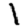
Digit: 1